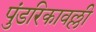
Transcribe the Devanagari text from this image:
पुंडरिकावल्ली